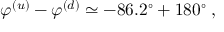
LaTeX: \varphi ^ { ( u ) } - \varphi ^ { ( d ) } \simeq - 8 6 . 2 ^ { \circ } + 1 8 0 ^ { \circ } \; ,